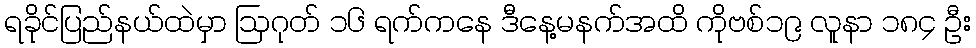
ရခိုင်ပြည်နယ်ထဲမှာ ဩဂုတ် ၁၆ ရက်ကနေ ဒီနေ့မနက်အထိ ကိုဗစ်၁၉ လူနာ ၁၈၄ ဦး